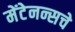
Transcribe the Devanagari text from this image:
मेंटेनन्सचे